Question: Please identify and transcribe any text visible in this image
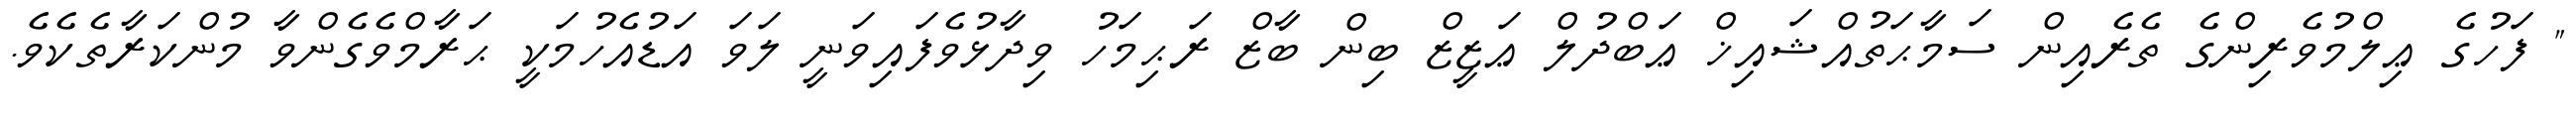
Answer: " ފަހުގެ ޢިލްމުވެރިންގެ ތެރެއިން ސަމާޙަތުއްޝައިޚް ޢަބްދުލް ޢަޒީޒް ބިން ބާޒް ރަޙިމަހު ވިދާޅުވެފައިވަނީ ލަވަ އަޑުއެހުމަކީ ޙަރާމްވެގެންވާ މުންކަރާތެކެވެ.